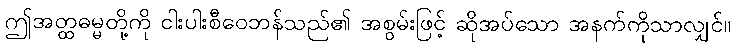
ဤအတ္ထဓမ္မတို့ကို ငါးပါးစီဝေဘန်သည်၏ အစွမ်းဖြင့် ဆိုအပ်သော အနက်ကိုသာလျှင်။